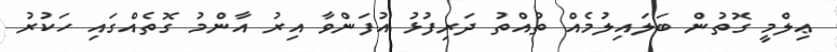
ޢިލްމީ ގޮތުން ބަލައިލުމެއް ތުއްތު ދަރިފުޅު އުފަންވާ އިރު އާންމު ގޮތެއްގައި ހަކުރު